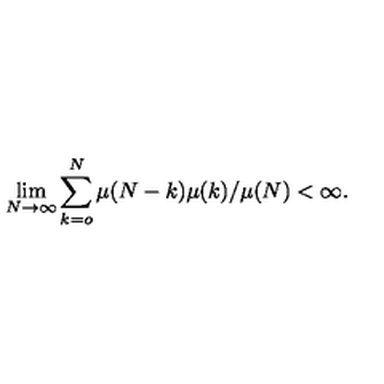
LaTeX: \lim _ { N \rightarrow \infty } \sum _ { k = o } ^ { N } \mu ( N - k ) \mu ( k ) / \mu ( N ) < \infty .